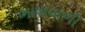
ભાષાવાળી